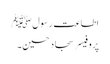
اطاعت رسولﷺ
پروفیسر سجاد حسین۔